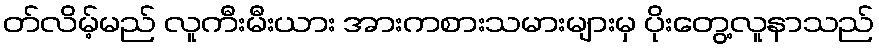
တ်လိမ့်မည် လူကီးမီးယား အားကစားသမားများမှ ပိုးတွေ့လူနာသည်